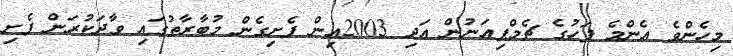
މިހެންވެ އެންމެ ފަހުގެ ޗެމްޕިއަނުން އަދި 2003އިން ފެށިގެން މުބާރާތުގައި ވާދަކުރަން ފެށި